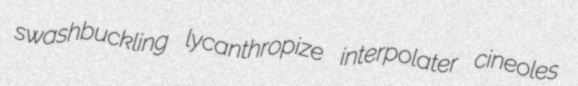
swashbuckling lycanthropize interpolater cineoles